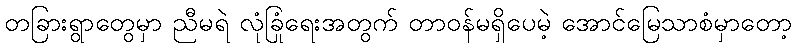
တခြားရွာတွေမှာ ညီမရဲ လုံခြုံရေးအတွက် တာဝန်မရှိပေမဲ့ အောင်မြေသာစံမှာတော့